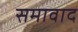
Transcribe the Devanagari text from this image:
समावाद